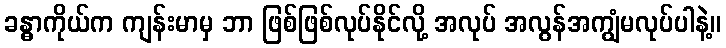
ခန္ဓာကိုယ်က ကျန်းမာမှ ဘာ ဖြစ်ဖြစ်လုပ်နိုင်လို့ အလုပ် အလွန်အကျွံမလုပ်ပါနဲ့။